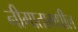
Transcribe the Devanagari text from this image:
नीगातामधील